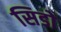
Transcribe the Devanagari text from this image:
सिडो